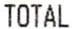
TOTAL